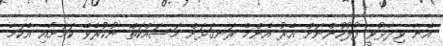
އޭނާ ވިދާޅުވީ ފުލުހުންނަށް އޭރު އެންމެ ރަނގަޅަށް މަސައްކަތް ނުކުރެވޭ ކަމަށާއި އެކަމާ